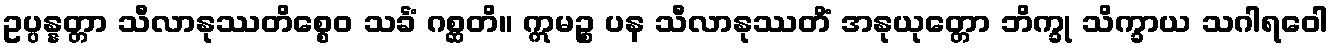
ဥပ္ပန္နတ္တာ သီလာနုဿတိစ္စေဝ သင်္ခံ ဂစ္ဆတိ။ ဣမဉ္စ ပန သီလာနုဿတိံ အနုယုတ္တော ဘိက္ခု သိက္ခာယ သဂါရဝေါ